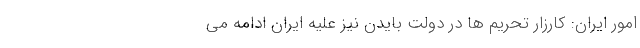
امور ایران: کارزار تحریم ها در دولت بایدن نیز علیه ایران ادامه می